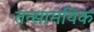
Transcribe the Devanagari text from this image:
तत्सामयिक